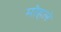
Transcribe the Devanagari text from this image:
माेहले